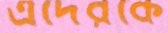
এদেরকে